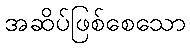
အဆိပ်ဖြစ်စေသော